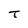
Character: T